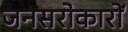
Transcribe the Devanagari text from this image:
जनसरोकारों